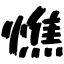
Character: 憔